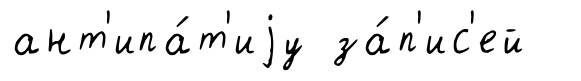
ант'ипа́т'иjу за́п'ис'ей